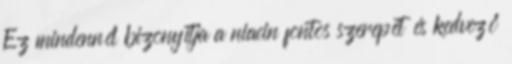
Ez mindennél bizonyítja a niacin fontos szerepét és kedvező